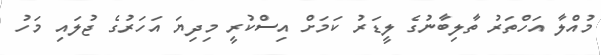
މުއްލާ އަހްތަރު ތާލިބާނުގެ ލީޑަރު ކަމަށް އިސްކުރީ މިދިޔަ އަހަރުގެ ޖުލައި މަހު